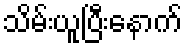
သိမ်းယူပြီးနောက်